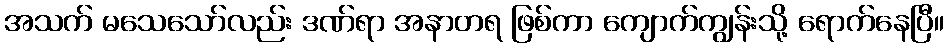
အသက် မသေသော်လည်း ဒဏ်ရာ အနာတရ ဖြစ်ကာ ကျောက်ကျွန်းသို့ ရောက်နေပြီ။